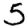
Digit: 5